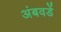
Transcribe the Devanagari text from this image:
अंबवडें